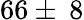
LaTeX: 66\pm\: 8